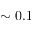
\sim 0 . 1